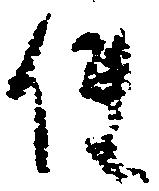
使